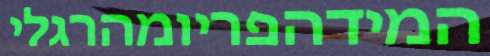
המידהפריומהרגלי